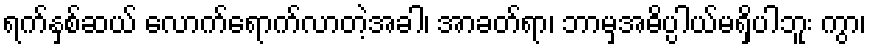
ရက်နှစ်ဆယ် လောက်ရောက်လာတဲ့အခါ၊ အာခတ်ရာ၊ ဘာမှအဓိပ္ပါယ်မရှိပါဘူး ကွာ၊